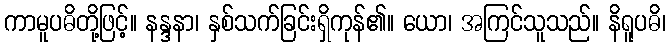
ကာမူပဓိတို့ဖြင့်။ နန္ဒနာ၊ နှစ်သက်ခြင်းရှိကုန်၏။ ယော၊ အကြင်သူသည်။ နိရူပဓိ၊